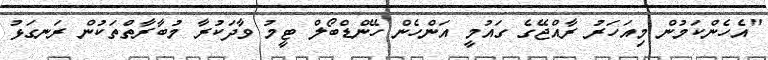
"އެހެންކަމުން މިއަހަރު ރާއްޖޭގެ ގައުމީ އަންހެން ހޭންޑްބޯލް ޓީމު ވާދަކުރާ މުބާރާތްތަކުން ރަނގަޅު